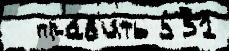
  пра́в'ить 531